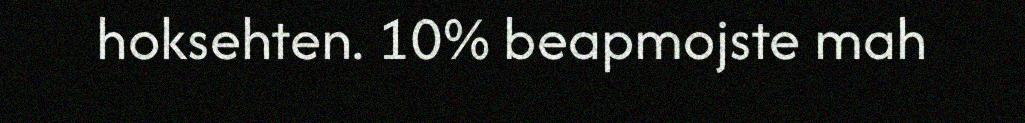
hoksehten. 10% beapmojste mah